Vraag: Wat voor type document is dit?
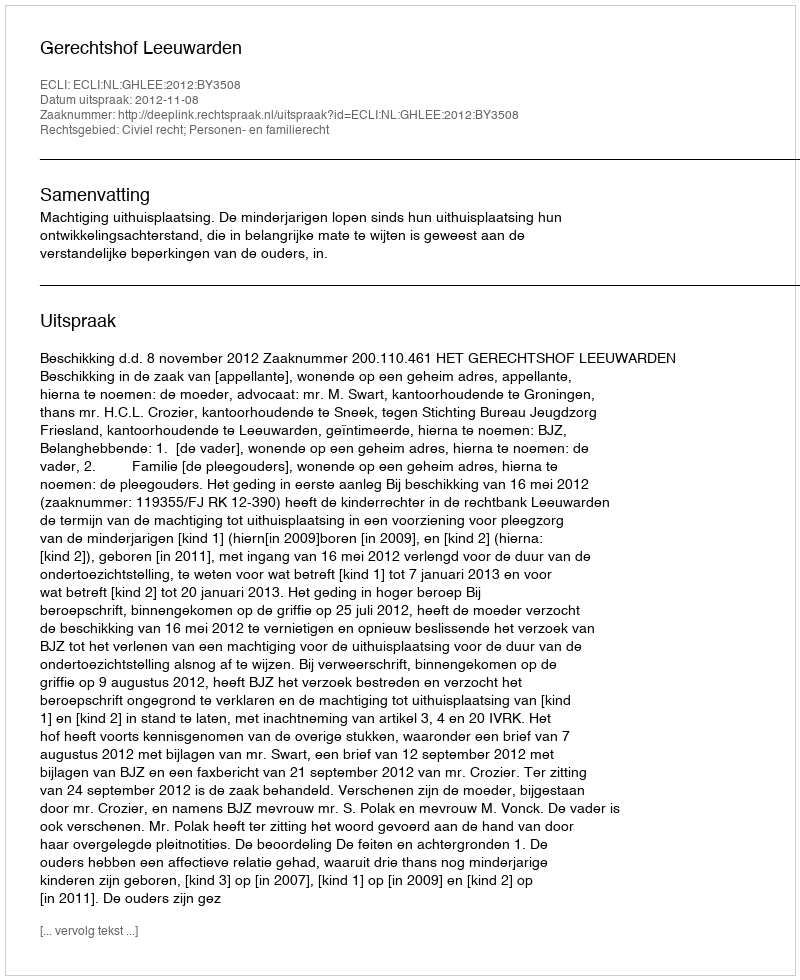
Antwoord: Uitspraak